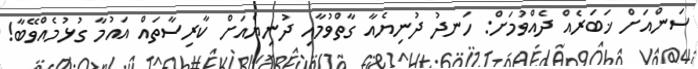
ސަންއަށް ޚަބަރެއް ދެއްވުމަށް: ހަނދު ދުނިޔެއާ ގާތްވުމާއި ދުނިޔެއަށް ކާރިސާތައް އައުމާ ގުޅުމެއްވޭބާ!